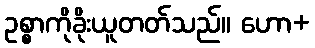
ဥစ္စာကိုခိုးယူတတ်သည်။ ဟော+